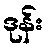
ဒုန်း